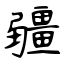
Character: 疆